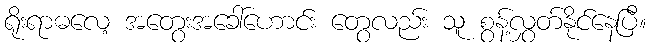
ရိုးရာဓလေ့ အတွေးအခေါ်ဟောင်း တွေလည်း သူ စွန့်လွှတ်နိုင်နေပြီ။